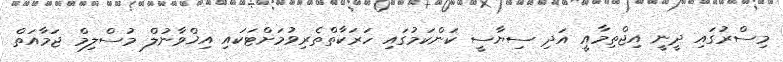
މިސްރުގައި ދީނީ އިޖްތިމާއީ އަދި ސިޔާސީ ކަންކަމުގައި ހަރަކާތްތެރިވުމަށްޓަކައި އިޚްވާނުލް މުސްލިމް ޖަމާއަތް